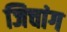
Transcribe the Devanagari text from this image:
जिचांग